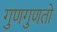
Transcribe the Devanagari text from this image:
गुणगुणतो